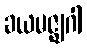
ခယမဇ္ဈဂါ